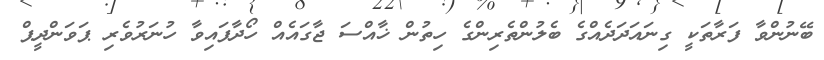
ބޭނުންވާ ފަރާތަކީ ގިނައަދަދެއްގެ ބެލުންތެރިންގެ ހިތުން ޚާއްސަ ޖާގައެއް ހޯދާފައިވާ ހުނަރުވެރި ޕަވަންދީޕް